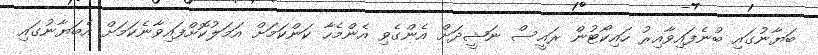
ބަޔާނުގައި ބުނެފައިވާއިރު ހައިކޯޓުން ރައީސް ނަޝީދަށް އެންގެވި އެންމެހާ ކަންކަމަށް އަމަލުކޮށްފައިވާނެކަމަށް އެބަޔާނުގައި